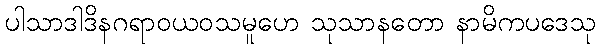
ပါသာဒါဒိနဂရာဝယဝသမူဟေ သုသာနတော နာမိကပဒေသု